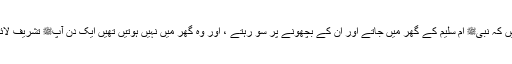
1574: سیدنا انس بن مالکؓ کہتے ہیں کہ نبیﷺ اُمّ سُلیم کے گھر میں جاتے اور ان کے بچھونے پر سو رہتے ، اور وہ گھر میں نہیں ہوتیں تھیں ایک دن آپﷺ تشریف لائے اور ان کے بچھونے پر سو رہے۔